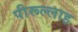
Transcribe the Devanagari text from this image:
पीरूल्लाह